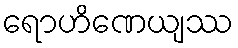
ရောဟိဏေယျဿ